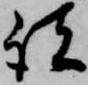
諸